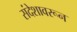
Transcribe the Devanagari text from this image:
संदेशावरून